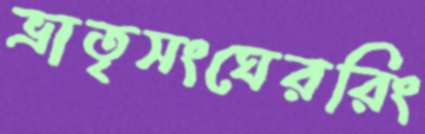
ভ্রাতৃসংঘেররিং